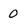
Character: 0